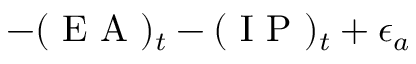
- ( \mathrm { ~ E ~ A ~ } ) _ { t } - ( \mathrm { ~ I ~ P ~ } ) _ { t } + \epsilon _ { a }